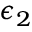
\epsilon _ { 2 }